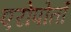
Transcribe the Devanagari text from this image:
एरोपोर्तो